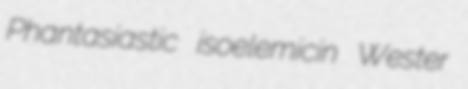
Phantasiastic isoelemicin Wester